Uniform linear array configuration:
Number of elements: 16
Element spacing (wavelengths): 1
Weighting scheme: exponential
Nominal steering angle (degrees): -60
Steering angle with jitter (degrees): -58.694
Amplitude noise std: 0.05
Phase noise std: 0.05

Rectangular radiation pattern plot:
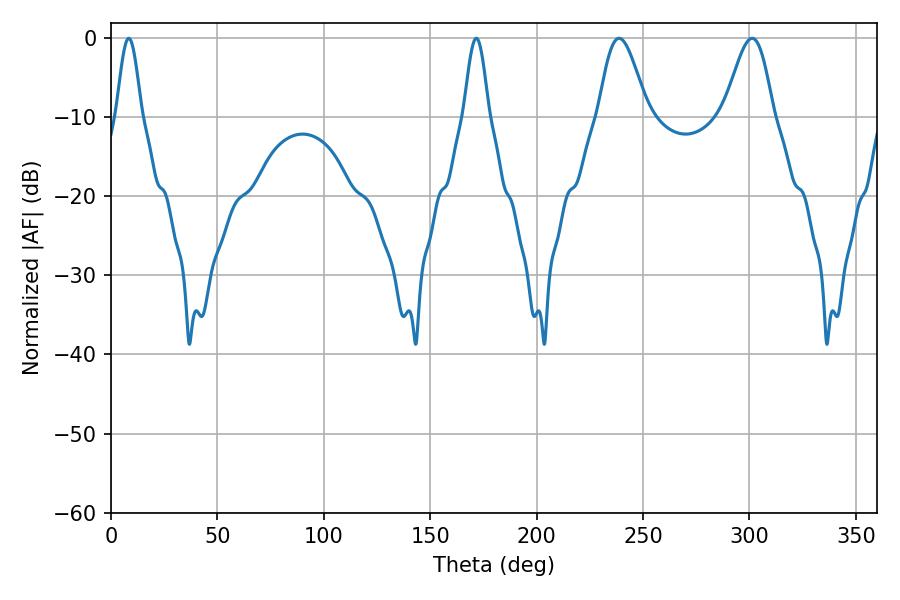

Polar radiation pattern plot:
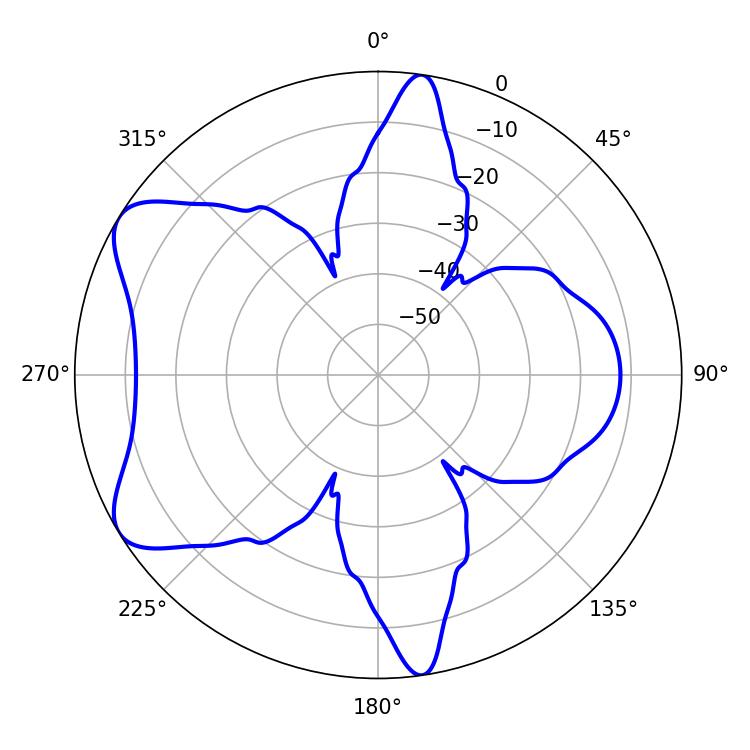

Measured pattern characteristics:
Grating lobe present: TRUE
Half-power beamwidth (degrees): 12.06
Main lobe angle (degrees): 238.68